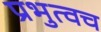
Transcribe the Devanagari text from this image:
प्रभुत्वच